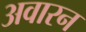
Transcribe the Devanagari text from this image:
अवारन